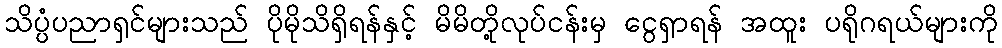
သိပ္ပံပညာရှင်များသည် ပိုမိုသိရှိရန်နှင့် မိမိတို့လုပ်ငန်းမှ ငွေရှာရန် အထူး ပရိုဂရယ်များကို